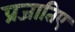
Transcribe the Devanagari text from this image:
प्रजातिए